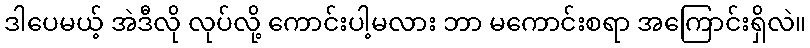
ဒါပေမယ့် အဲဒီလို လုပ်လို့ ကောင်းပါ့မလား ဘာ မကောင်းစရာ အကြောင်းရှိလဲ။